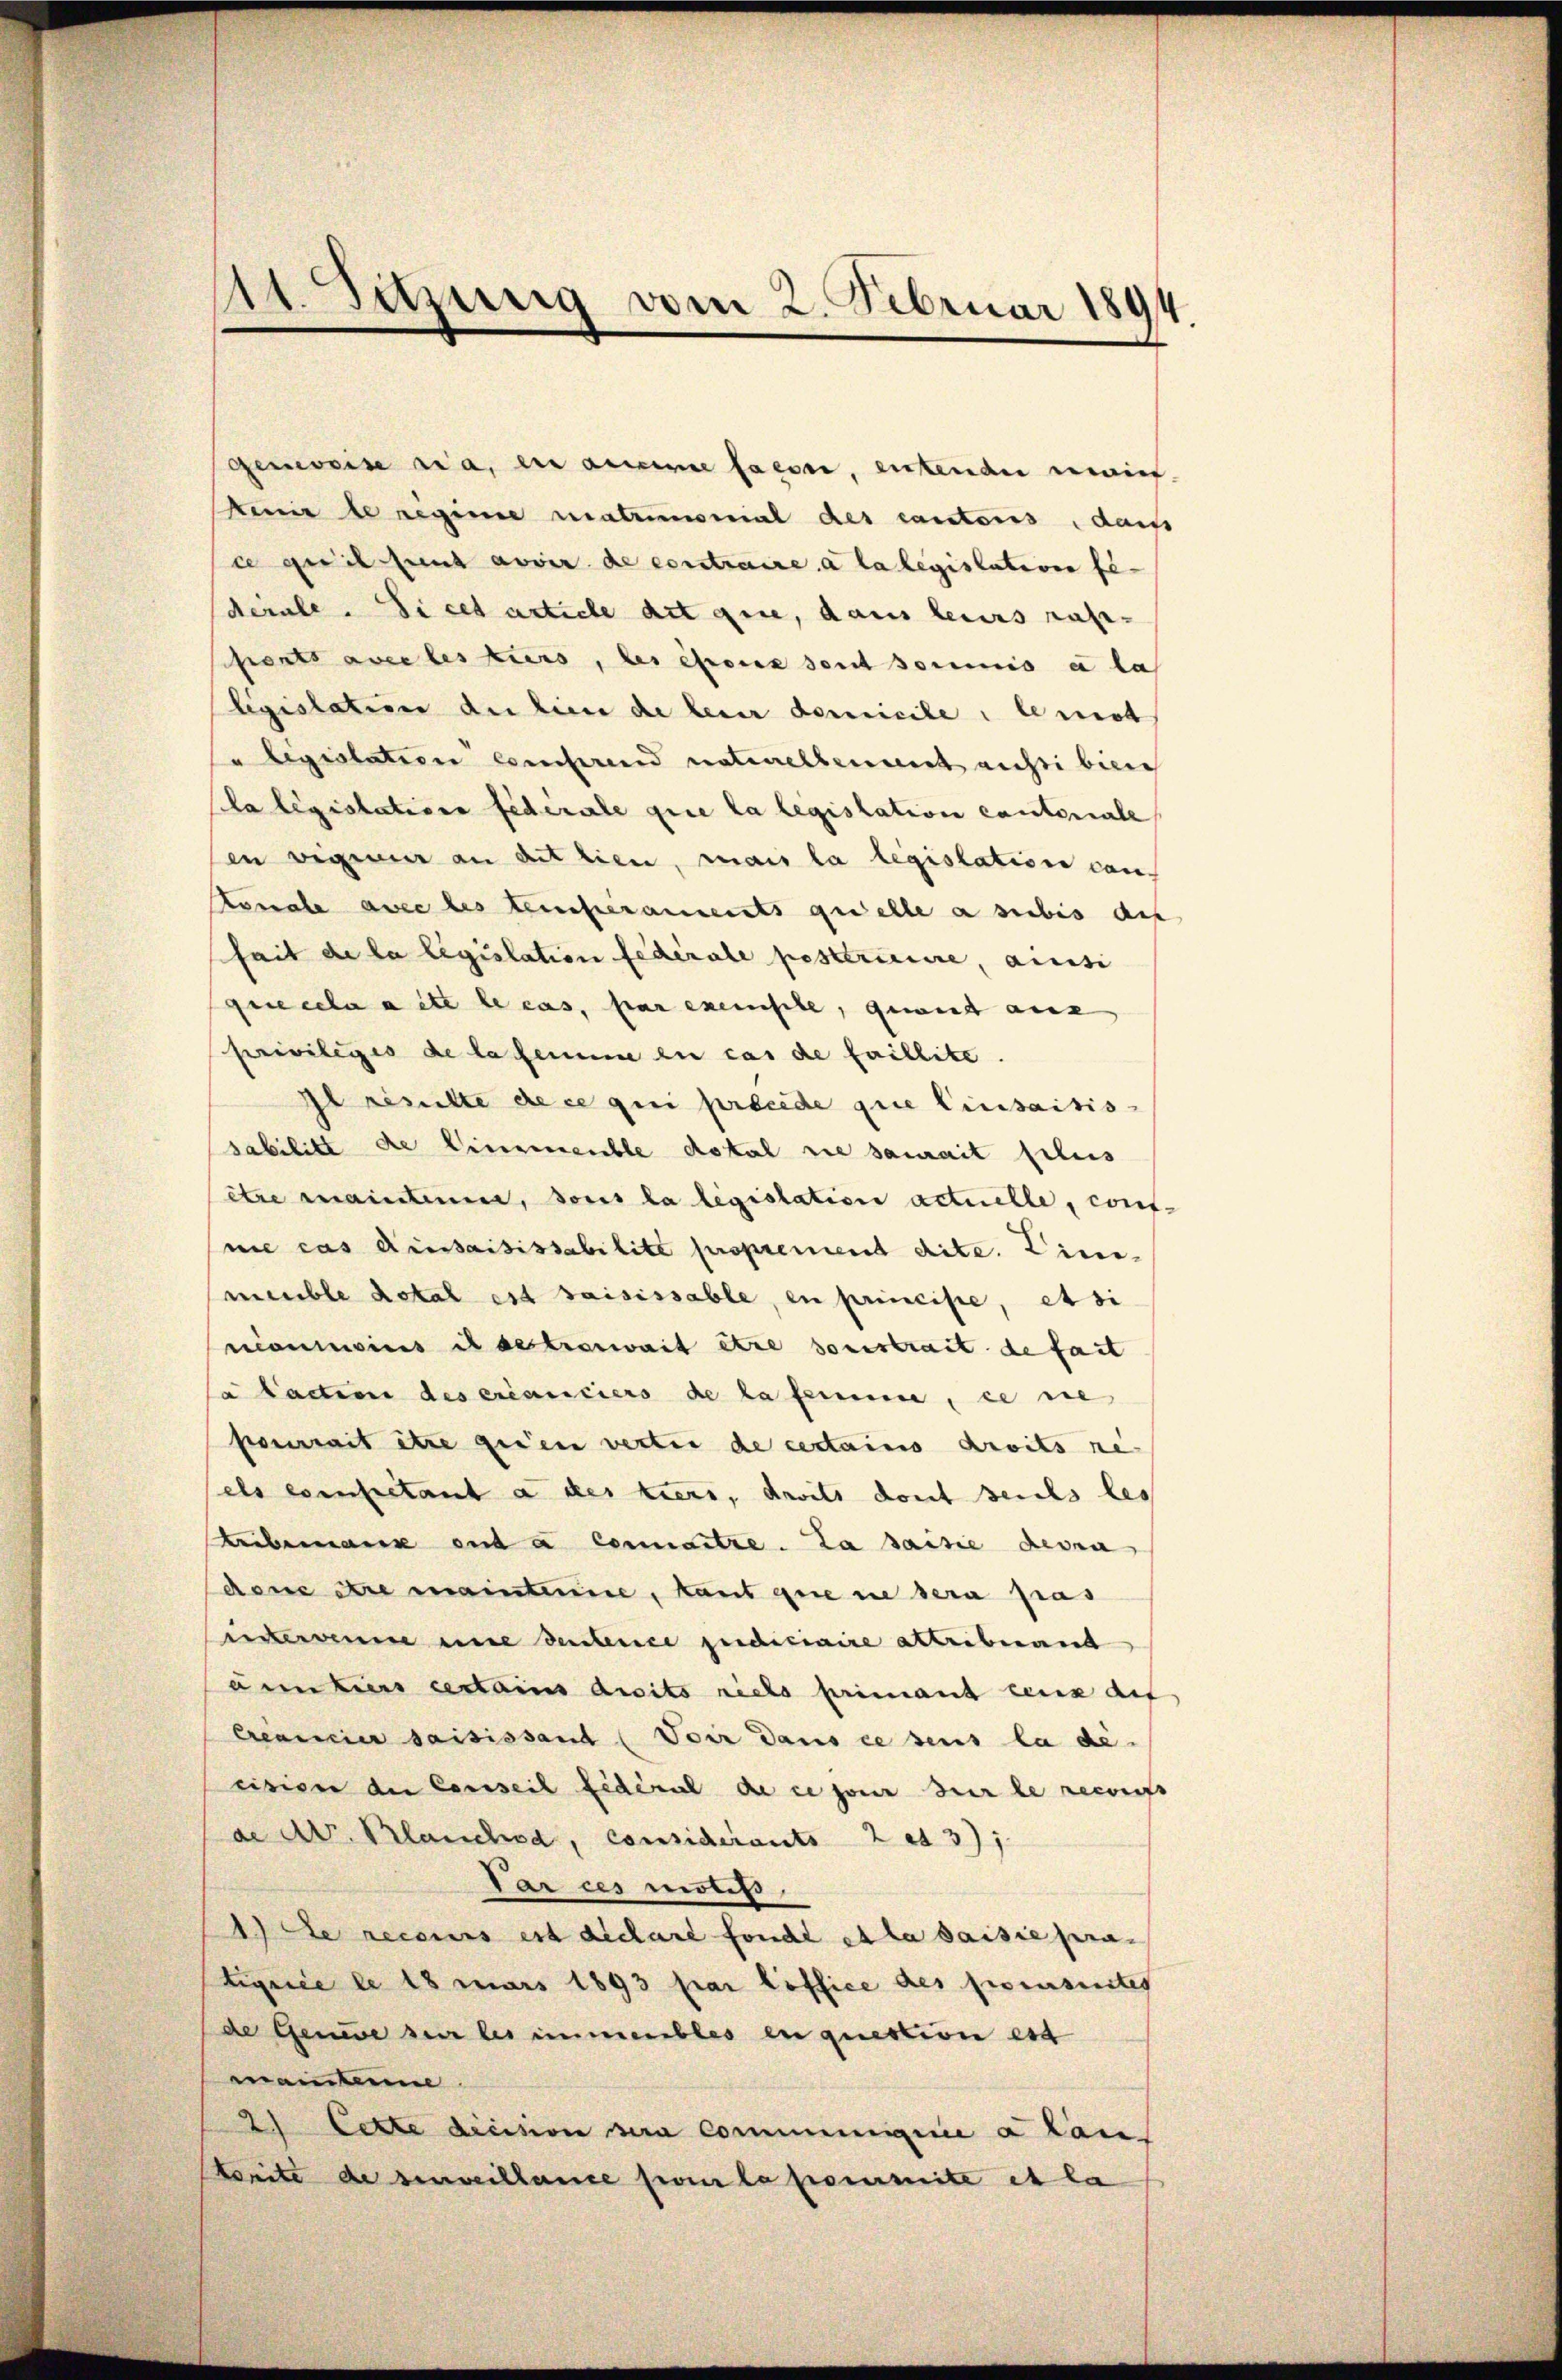
11. Setzung vom 2. Februar 1894.

genweise ria, ein aucune facere, entende moins
kenir le regime matrimonial des cantons, dass
ce qui sunt avoir de contraire à la legislation be-
derale. Si cet article Art gere, dans leurs rasi-
sents avec les tiers, les époux sont soumis à la
ligislation du bien de lein domicile: le not
u legislation Conferend nativellement nicht binne
la législations Federale que la legislation cantonale
sin eigenen an dittien, mais la législation con¬
Konale avec les temperaments quelle a subis auf
hait de la législation federale posttricire, ainsi
geecela aite le cas, par exemische, gewirt aus
priviliges de la femme zu cas de faillite.
Ilsisulte de ce qui precede die Einsaisis-
sabilitt de Liesmeuble dotal sie saurait flus
ette mainstimme, sous la legislation actuelle, conf-
nie cas Aussaisissabilite proprement dite. Zimmeuble dotal est saisissable, en principe, et si
nominoirs il se troswait être sonstrait de fait
la faction des créanciers de la femme, ie nie
pourrait être geien verter de certains droits re-
els existant a des tiers, droits dont seides les
Kribemann und a Connaitre. La saisie deven
done stre mainterime, kant que ne sera pas
interen und Seitence judiciaire attribuand
aun tiers certains droits rieto primant ceux dis
Aeamier saisissant (Voir dans ce sens la de-
cision der Conseil fédéral de ce pour sur le recours
de Av. Planched, considerants 2 et 3);
Par ces motifs
Acte recours est dichare fonde et la saisie pra
tigrice le 18 mars 1893 par loffice des poensuites
de Genie ser les immeubles en question est
mantenne
2) Cette dicision ura Commiigiie a lan
Morité de seinweillame foi la pommite et la